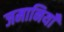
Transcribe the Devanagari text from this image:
जमानियाँ